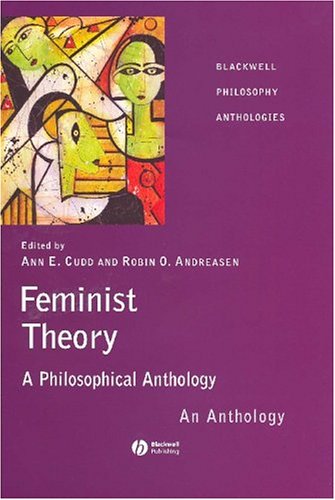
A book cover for Feminist Theory: A Philosophical Anthology; Gay & Lesbian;